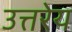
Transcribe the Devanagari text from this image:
उत्तरेय